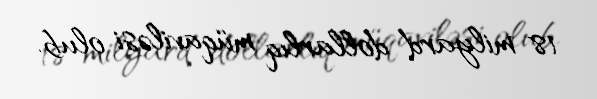
18 milyard dollarlıq müqaviləsi olub.